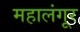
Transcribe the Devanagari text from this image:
महालंगूर